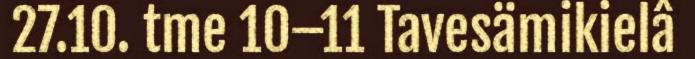
27.10. tme 10–11 Tavesämikielâ